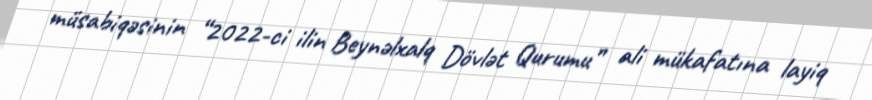
müsabiqəsinin “2022-ci ilin Beynəlxalq Dövlət Qurumu” ali mükafatına layiq